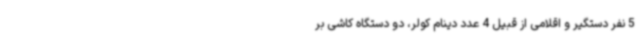
5 نفر دستگیر و اقلامی از قبیل 4 عدد دینام کولر، دو دستگاه کاشی بر